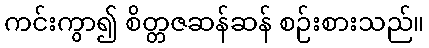
ကင်းကွာ၍ စိတ္တဇဆန်ဆန် စဉ်းစားသည်။